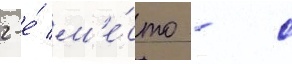
2-е́ м'е́сто - с